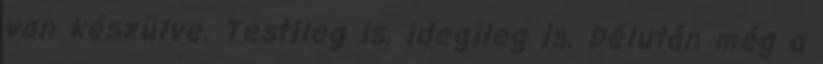
van készülve. Testileg is, idegileg is. Délután még a